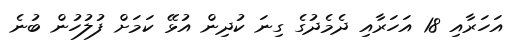
އަހަރާއި 18 އަހަރާއި ދެމެދުގެ ގިނަ ކުދިން އުޅޭ ކަމަށް ފުލުހުން ބުނެ